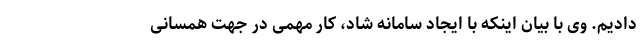
دادیم. وی با بیان اینکه با ایجاد سامانه شاد، کار مهمی در جهت همسانی